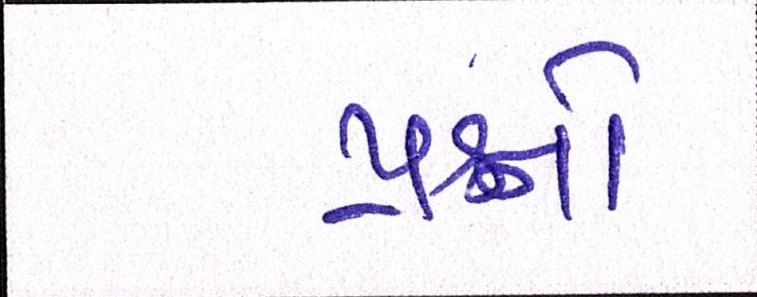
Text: પ્રશ્નનો